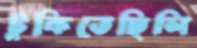
টুকিতেছিলি